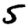
Digit: 5